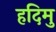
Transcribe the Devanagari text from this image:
हदिमु